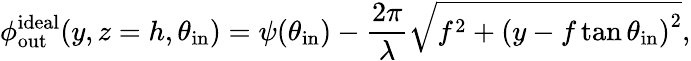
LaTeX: \phi_{\mathrm{out}}^{\mathrm{ideal}}(y,z=h,\theta_{\mathrm{in}})=\psi(\theta_{\mathrm{in}})-\frac{2\pi}{\lambda}\sqrt{f^{2}+\left(y-f\tan{\theta_{\mathrm{in}}}\right)^{2}},